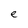
Character: e